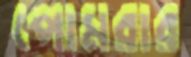
পোমরার